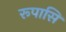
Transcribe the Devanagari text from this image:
रूपासि